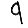
Digit: 9